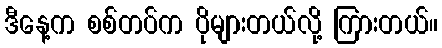
ဒီနေ့က စစ်တပ်က ပိုများတယ်လို့ ကြားတယ်။